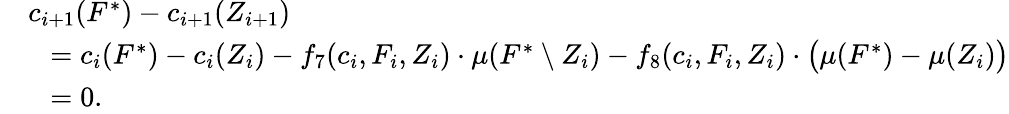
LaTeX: \begin{array}{rl}&{c_{i+1}(F^{*})-c_{i+1}(Z_{i+1})}\\ {}&{~~=c_{i}(F^{*})-c_{i}(Z_{i})-f_{7}(c_{i},F_{i},Z_{i})\cdot\mu(F^{*}\setminus Z_{i})-f_{8}(c_{i},F_{i},Z_{i})\cdot\big(\mu(F^{*})-\mu(Z_{i})\big)}\\ {}&{~~=0.}\end{array}